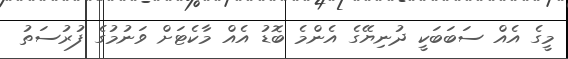
މީގެ އެއް ސަބަބަކީ ދުނިޔޭގެ އެންމެ ބޮޑު އެއް މާކެޓަށް ވަނުމުގެ ފުރުސަތު